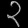
Digit: ၃